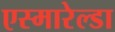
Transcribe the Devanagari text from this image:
एस्मारेल्डा